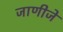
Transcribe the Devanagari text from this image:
जाणीजे